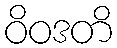
ဝိဝဒတိ